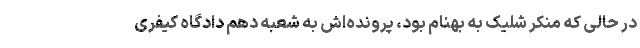
در حالی که منکر شلیک به بهنام بود، پرونده‌اش به شعبه دهم دادگاه کیفری